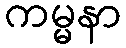
ကမ္မနာ